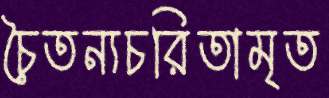
চৈতন্যচরিতামৃত